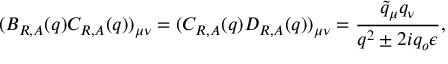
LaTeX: ( B _ { R , A } ( q ) C _ { R , A } ( q ) ) _ { \mu \nu } = ( C _ { R , A } ( q ) D _ { R , A } ( q ) ) _ { \mu \nu } = { \frac { \tilde { q } _ { \mu } q _ { \nu } } { q ^ { 2 } \pm 2 i q _ { o } \epsilon } } ,